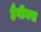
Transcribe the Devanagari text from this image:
हैबीयस